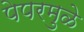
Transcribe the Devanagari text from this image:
पेपरमुळे